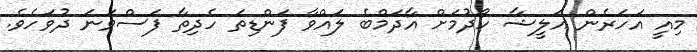
މިއީ އަހަރެން އަލީޝާ ހޯދުމަށް އާދަމްބެ ލައްވާ ފަންޑިތަ ހެދިތާ ފަސްވަނަ ދުވަހެވެ.